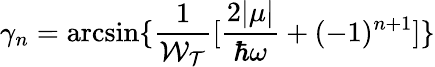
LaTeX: \gamma_{n}=\arcsin\{ \frac{1}{\mathcal{W_{T}}}[\frac{2|\mu|}{\hbar\omega}+(-1)^{n+1}]\}